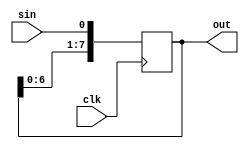
module tbshftin(
  output [7:0] out,
  input sin,
  input clk);
  reg [7:0] register = 8'h00;
  assign out = register;
  always @(posedge clk) begin
    register[7:1] <= register[6:0];
    register[0] = sin; 
  end
endmodule